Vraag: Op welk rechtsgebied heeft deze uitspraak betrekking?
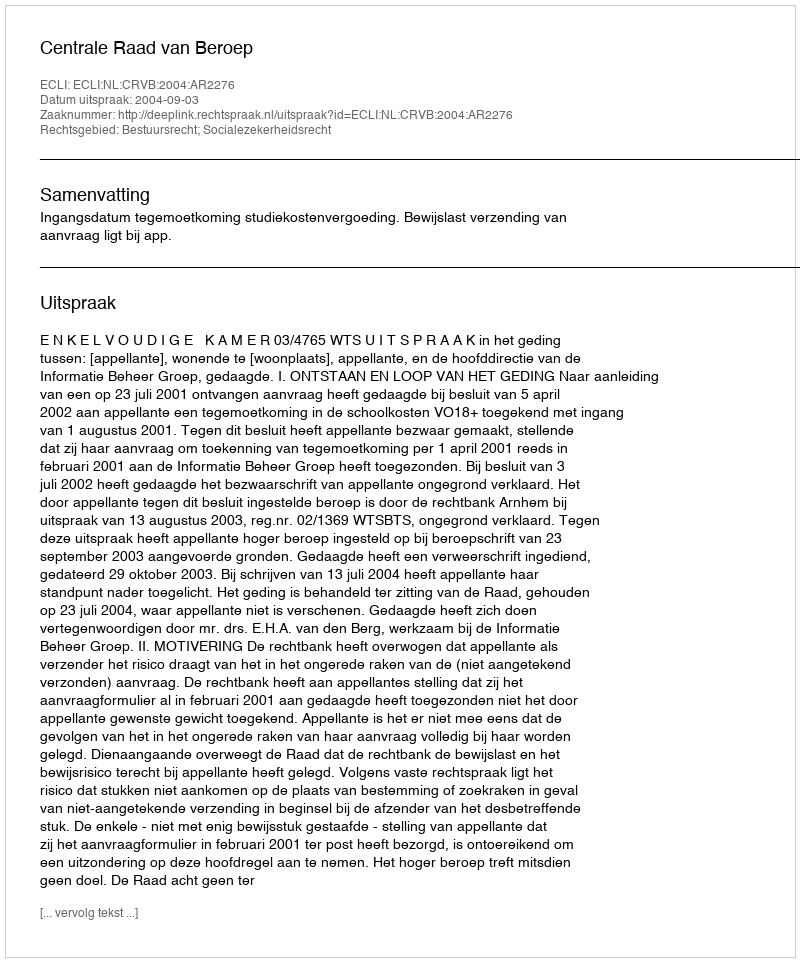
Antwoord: Bestuursrecht; Socialezekerheidsrecht